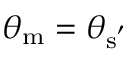
\theta _ { \mathrm { { m } } } = \theta _ { \mathrm { { s } ^ { ' } } }